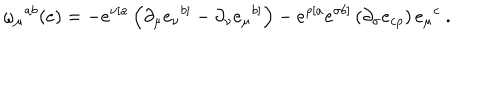
LaTeX: \omega _ { \mu } { } ^ { a b } ( e ) = - e ^ { \nu [ a } \left( \partial _ { \mu } e _ { \nu } { } ^ { b ] } - \partial _ { \nu } e _ { \mu } { } ^ { b ] } \right) - e ^ { \rho [ a } e ^ { \sigma b ] } \left( \partial _ { \sigma } e _ { c \rho } \right) e _ { \mu } { } ^ { c } \ .